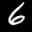
Label: 6